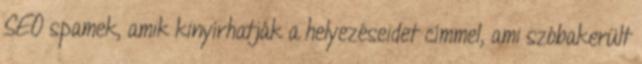
SEO spamek, amik kinyírhatják a helyezéseidet címmel, ami szóbakerült